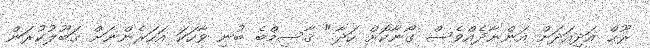
ރޫޙް އަދިއަދަށް އަންނާދެއްވެސް ގޯނާކޮށް ހަދާ." ޤާސިމްބެ ބުނި ވާހަކަ އަހަރެންނަށް ޤަބޫލުކުރަން